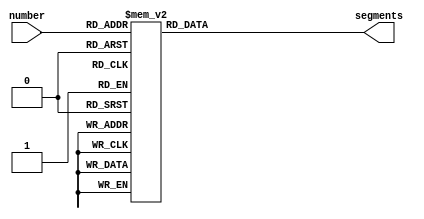
module sevenSegment(number,segments);
input [5:0]number;
output reg [13:0]segments;
always@* begin
	case(number)
	6'd00: segments = 14'b1111110_1111110;
	6'd01: segments = 14'b1111110_0110000;
	6'd02: segments = 14'b1111110_1101101;
	6'd03: segments = 14'b1111110_1111001;
	6'd04: segments = 14'b1111110_0110011;
	6'd05: segments = 14'b1111110_1011011;
	6'd06: segments = 14'b1111110_1011111;
	6'd07: segments = 14'b1111110_1110000;
	6'd08: segments = 14'b1111110_1111111;
	6'd09: segments = 14'b1111110_1111011;

	6'd10: segments = 14'b0110000_1111110;
	6'd11: segments = 14'b0110000_0110000;
	6'd12: segments = 14'b0110000_1101101;
	6'd13: segments = 14'b0110000_1111001;
	6'd14: segments = 14'b0110000_0110011;
	6'd15: segments = 14'b0110000_1011011;
	6'd16: segments = 14'b0110000_1011111;
	6'd17: segments = 14'b0110000_1110000;
	6'd18: segments = 14'b0110000_1111111;
	6'd19: segments = 14'b0110000_1111011;

	6'd20: segments = 14'b1101101_1111110;
	6'd21: segments = 14'b1101101_0110000;
	6'd22: segments = 14'b1101101_1101101;
	6'd23: segments = 14'b1101101_1111001;
	6'd24: segments = 14'b1101101_0110011;
	6'd25: segments = 14'b1101101_1011011;
	6'd26: segments = 14'b1101101_1011111;
	6'd27: segments = 14'b1101101_1110000;
	6'd28: segments = 14'b1101101_1111111;
	6'd29: segments = 14'b1101101_1111011;

	6'd30: segments = 14'b1111001_1111110;
	6'd31: segments = 14'b1111001_0110000;
	6'd32: segments = 14'b1111001_1101101;
	6'd33: segments = 14'b1111001_1111001;
	6'd34: segments = 14'b1111001_0110011;
	6'd35: segments = 14'b1111001_1011011;
	6'd36: segments = 14'b1111001_1011111;
	6'd37: segments = 14'b1111001_1110000;
	6'd38: segments = 14'b1111001_1111111;
	6'd39: segments = 14'b1111001_1111011;

	6'd40: segments = 14'b0110011_1111110;
	6'd41: segments = 14'b0110011_0110000;
	6'd42: segments = 14'b0110011_1101101;
	6'd43: segments = 14'b0110011_1111001;
	6'd44: segments = 14'b0110011_0110011;
	6'd45: segments = 14'b0110011_1011011;
	6'd46: segments = 14'b0110011_1011111;
	6'd47: segments = 14'b0110011_1110000;
	6'd48: segments = 14'b0110011_1111111;
	6'd49: segments = 14'b0110011_1111011;

	6'd50: segments = 14'b1011011_1111110;
	6'd51: segments = 14'b1011011_0110000;
	6'd52: segments = 14'b1011011_1101101;
	6'd53: segments = 14'b1011011_1111001;
	6'd54: segments = 14'b1011011_0110011;
	6'd55: segments = 14'b1011011_1011011;
	6'd56: segments = 14'b1011011_1011111;
	6'd57: segments = 14'b1011011_1110000;
	6'd58: segments = 14'b1011011_1111111;
	6'd59: segments = 14'b1011011_1111011;
	default: segments = 14'b0000000_0000000;
	endcase
end
endmodule